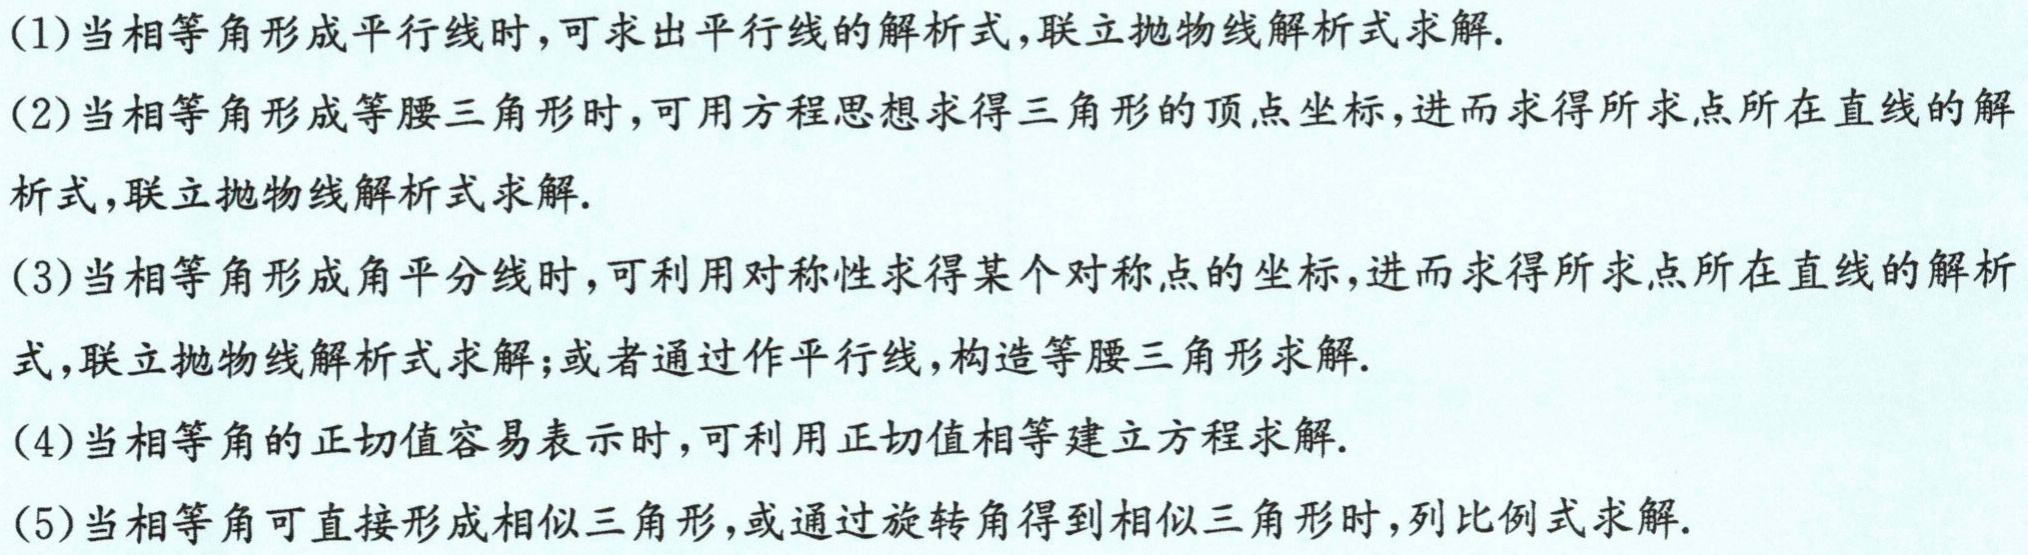
(1)当相等角形成平行线时，可求出平行线的解析式，联立抛物线解析式求解.
(2)当相等角形成等腰三角形时，可用方程思想求得三角形的顶点坐标，进而求得所求点所在直线的解析式，联立抛物线解析式求解.
(3)当相等角形成角平分线时，可利用对称性求得某个对称点的坐标，进而求得所求点所在直线的解析式，联立抛物线解析式求解；或者通过作平行线，构造等腰三角形求解.
(4)当相等角的正切值容易表示时，可利用正切值相等建立方程求解.
(5)当相等角可直接形成相似三角形，或通过旋转角得到相似三角形时，列比例式求解.